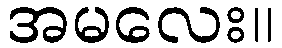
အမလေး။